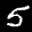
Label: 5